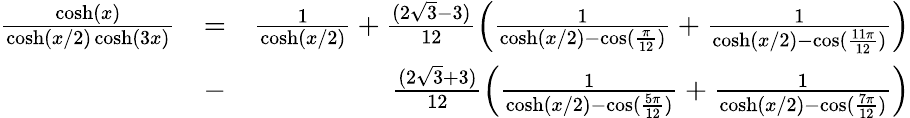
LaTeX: \begin{array}{rlr}{\frac{\cosh(x)}{\cosh(x/2)\cosh(3x)}}&{=}&{\frac{1}{\cosh(x/2)}+\frac{(2\sqrt{3}-3)}{12}\left(\frac{1}{\cosh(x/2)-\cos(\frac{\pi}{12})}+\frac{1}{\cosh(x/2)-\cos(\frac{11\pi}{12})}\right)}\\ &{-}&{\frac{(2\sqrt{3}+3)}{12}\left(\frac{1}{\cosh(x/2)-\cos(\frac{5\pi}{12})}+\frac{1}{\cosh(x/2)-\cos(\frac{7\pi}{12})}\right)}\end{array}